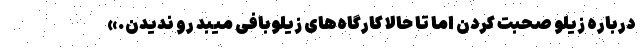
درباره زیلو صحبت کردن اما تا حالا کارگاه‌های زیلوبافی میبد رو ندیدن.»